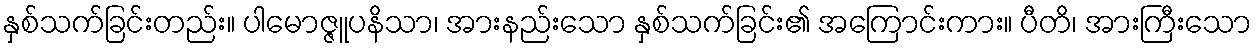
နှစ်သက်ခြင်းတည်း။ ပါမောဇ္ဇူပနိသာ၊ အားနည်းသော နှစ်သက်ခြင်း၏ အကြောင်းကား။ ပီတိ၊ အားကြီးသော